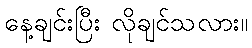
နေ့ချင်းပြီး လိုချင်သလား။